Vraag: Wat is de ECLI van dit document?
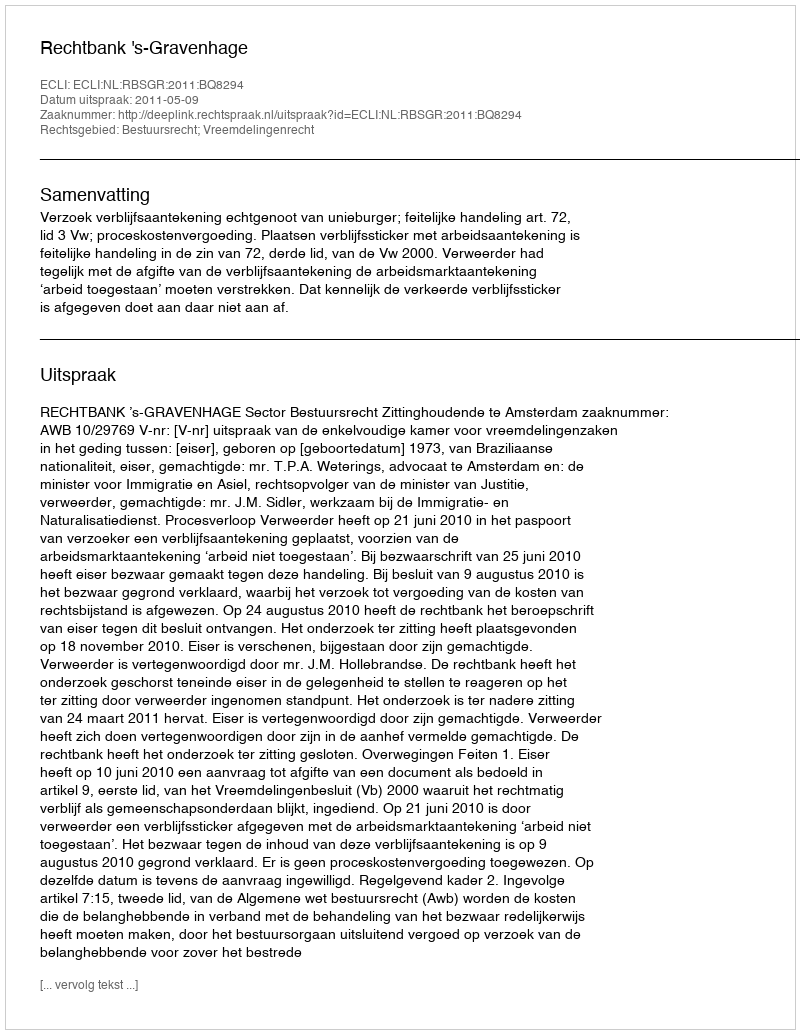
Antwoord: ECLI:NL:RBSGR:2011:BQ8294